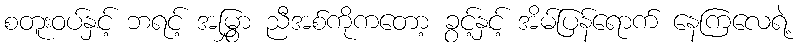
စတူးဝပ်နှင့် ဘရင့် အမြွှာ ညီအစ်ကိုကတော့ ခွင့်နှင့် အိမ်ပြန်ရောက် နေကြလေရဲ့